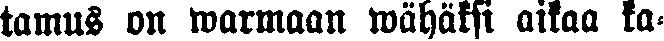
tamus on warmaan wähäksi aikaa ka-